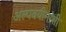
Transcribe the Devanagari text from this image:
अल्पवयीनांशी